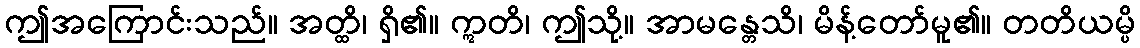
ဤအကြောင်းသည်။ အတ္ထိ၊ ရှိ၏။ ဣတိ၊ ဤသို့။ အာမန္တေသိ၊ မိန့်တော်မူ၏။ တတိယမ္ပိ